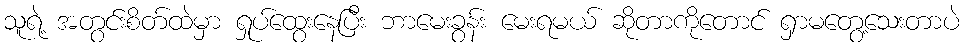
သူရဲ့ အတွင်းစိတ်ထဲမှာ ရှုပ်ထွေးနေပြီး ဘာမေးခွန်း မေးရမယ် ဆိုတာကိုတောင် ရှာမတွေ့သေးတာပဲ